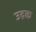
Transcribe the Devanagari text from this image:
उद्रक